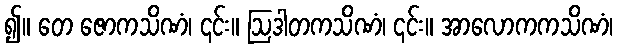
၍။ တေ ဇောကသိဏံ၊ ၎င်း။ ဩဒါတကသိဏံ၊ ၎င်း။ အာလောကကသိဏံ၊